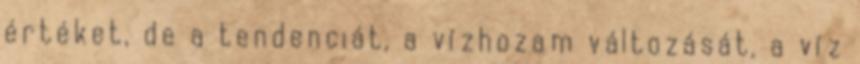
értéket, de a tendenciát, a vízhozam változását, a víz